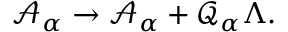
\mathcal { A } _ { \alpha } \rightarrow \mathcal { A } _ { \alpha } + \mathcal { Q } _ { \alpha } \Lambda .